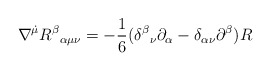
\begin{align*}\nabla^{\dot{\mu}}R^\beta{}_{\alpha\mu\nu}=-\frac{1}{6}(\delta^\beta{}_\nu\partial_\alpha-\delta_{\alpha\nu}\partial^\beta)R\end{align*}